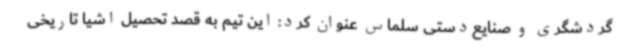
گردشگری و صنایع‌دستی سلماس عنوان کرد: این تیم به قصد تحصیل اشیا تاریخی